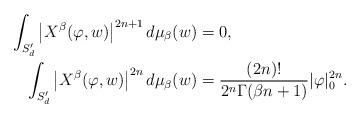
LaTeX: \begin{align*}\int_{S'_{d}}\big|X^{\beta}(\varphi,w)\big|^{2n+1}\,d\mu_{\beta}(w) & =0,\\\int_{S'_{d}}\big|X^{\beta}(\varphi,w)\big|^{2n}\,d\mu_{\beta}(w) & =\frac{(2n)!}{2^{n}\Gamma(\beta n+1)}|\varphi|_{0}^{2n}.\end{align*}